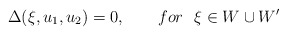
\begin{align*}\Delta (\xi ,u_{1},u_{2})=0,\qquad for~~\xi \in W\cup W^{\prime }\end{align*}